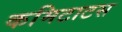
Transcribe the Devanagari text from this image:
कमिटाटस